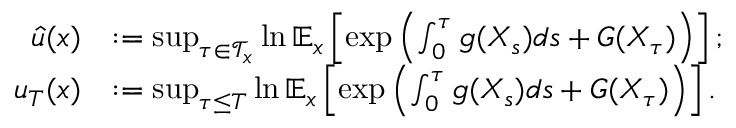
\begin{array} { r l } { \hat { u } ( x ) } & { : = \operatorname* { s u p } _ { \tau \in \mathcal { T } _ { x } } \ln \mathbb { E } _ { x } \left[ \exp \left( \int _ { 0 } ^ { \tau } g ( X _ { s } ) d s + G ( X _ { \tau } ) \right) \right] ; } \\ { u _ { T } ( x ) } & { : = \operatorname* { s u p } _ { \tau \leq T } \ln \mathbb { E } _ { x } \left[ \exp \left( \int _ { 0 } ^ { \tau } g ( X _ { s } ) d s + G ( X _ { \tau } ) \right) \right] . } \end{array}